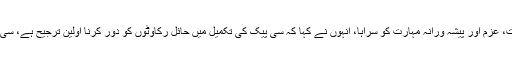
اس موقع پر وفاقی وزیر مواصلات مراد سعید نے بھی چینی انجینئرز کی محنت، عزم اور پیشہ ورانہ مہارت کو سراہا، انہوں نے کہا کہ سی پیک کی تکمیل میں حائل رکاوٹوں کو دور کرنا اولین ترجیح ہے، سی پیک سے ملازمتوں کے مواقع، انفرا اسٹرکچر اور کاروبار کو فروغ ملے گا۔